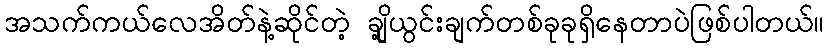
အသက်ကယ်လေအိတ်နဲ့ဆိုင်တဲ့ ချို့ယွင်းချက်တစ်ခုခုရှိနေတာပဲဖြစ်ပါတယ်။